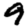
Digit: 9